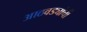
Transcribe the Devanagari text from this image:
आठवड्यांची